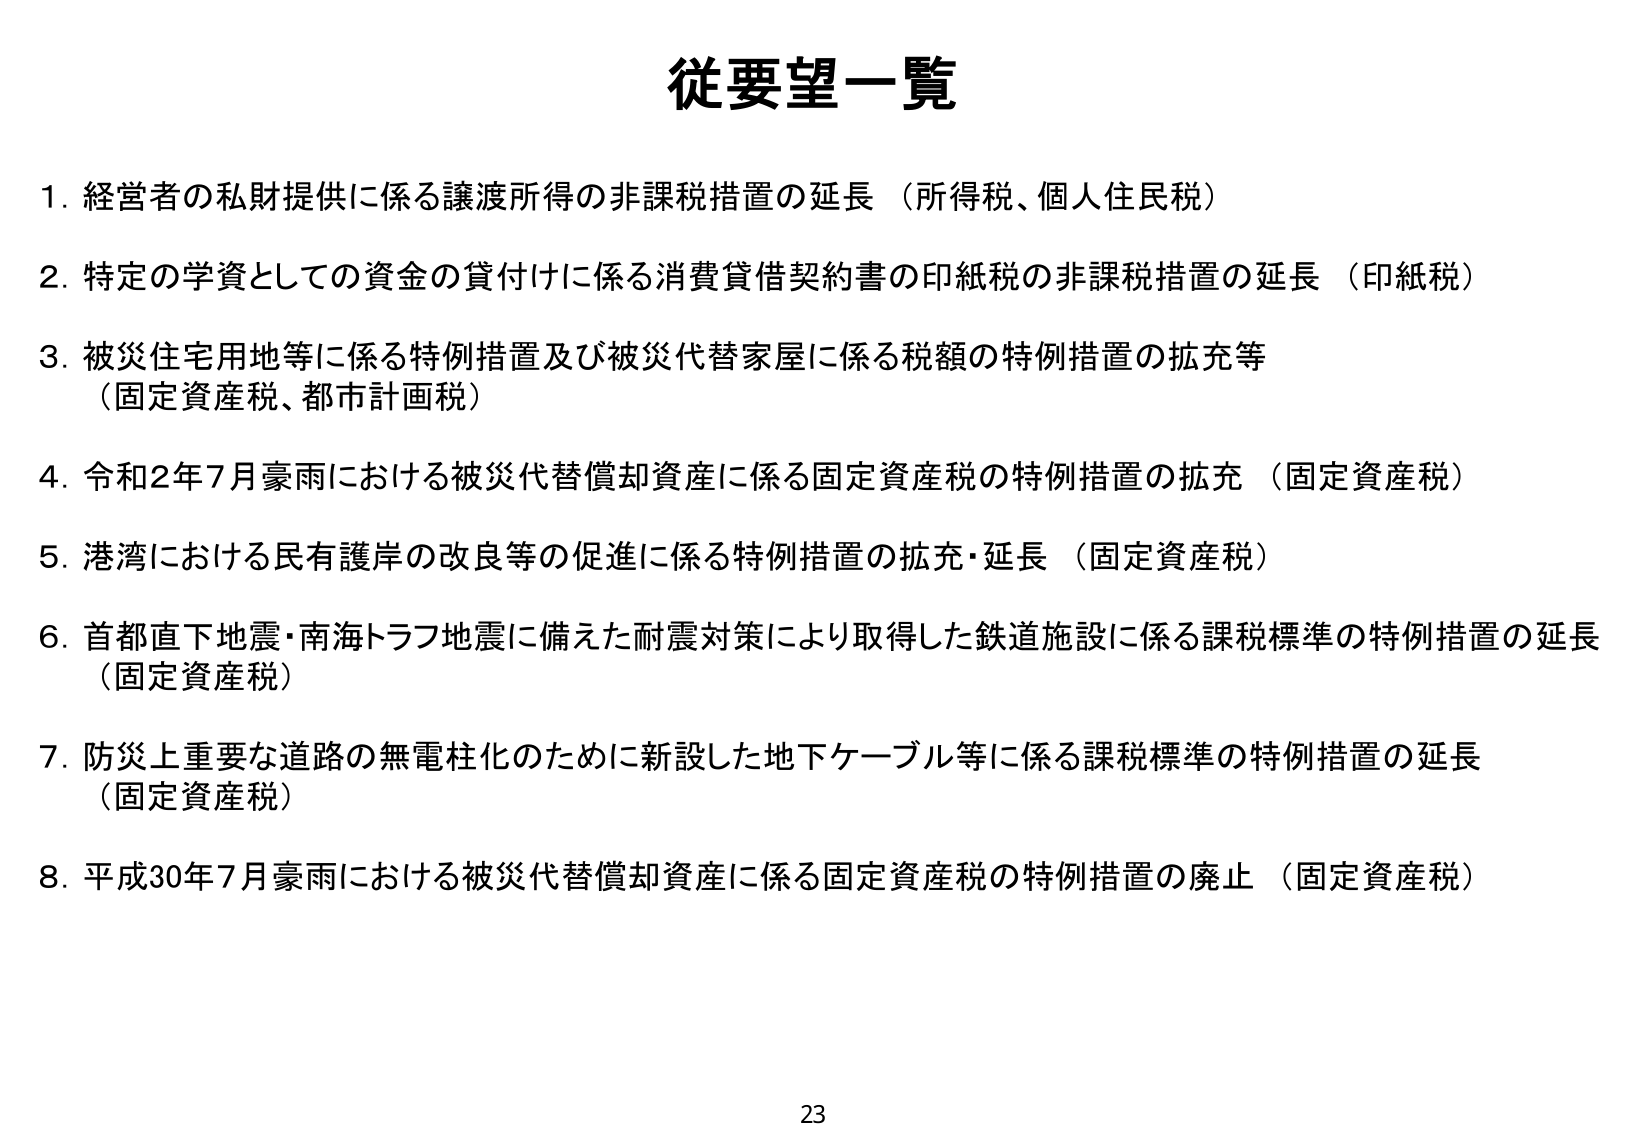
従要望一覧

1. 経営者の私財提供に係る譲渡所得の非課税措置の延長（所得税、個人住民税）

2. 特定の学資としての資金の貸付けに係る消費貸借契約書の印紙税の非課税措置の延長（印紙税）

3. 被災住宅用地等に係る特例措置及び被災代替家屋に係る税額の特例措置の拡充等（固定資産税、都市計画税）

4. 令和2年7月豪雨における被災代替償却資産に係る固定資産税の特例措置の拡充（固定資産税）

5. 港湾における民有護岸の改良等の促進に係る特例措置の拡充・延長（固定資産税）

6. 首都直下地震・南海トラフ地震に備えた耐震対策により取得した鉄道施設に係る課税標準の特例措置の延長（固定資産税）

7. 防災上重要な道路の無電柱化のために新設した地下ケーブル等に係る課税標準の特例措置の延長（固定資産税）

8. 平成30年7月豪雨における被災代替償却資産に係る固定資産税の特例措置の廃止（固定資産税）

23